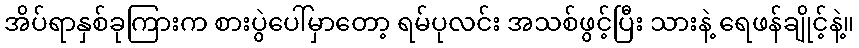
အိပ်ရာနှစ်ခုကြားက စားပွဲပေါ်မှာတော့ ရမ်ပုလင်း အသစ်ဖွင့်ပြီး သားနဲ့ ရေဖန်ချိုင့်နဲ့။